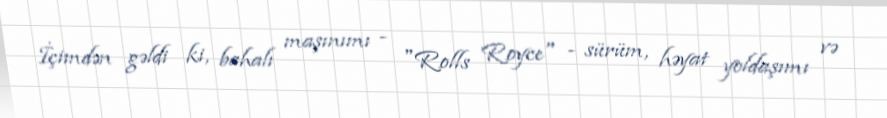
İçimdən gəldi ki, bahalı maşınımı - "Rolls Royce" - sürüm, həyat yoldaşımı və